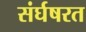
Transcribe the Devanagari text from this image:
संर्घषरत